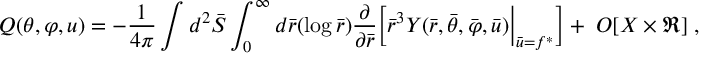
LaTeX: Q ( \theta , \varphi , u ) = - \frac { 1 } { 4 \pi } \int d ^ { 2 } { \bar { \cal S } } \int _ { 0 } ^ { \infty } d { \bar { r } } ( \log { \bar { r } } ) \frac { \partial } { \partial { \bar { r } } } \Bigl [ { \bar { r } } ^ { 3 } { \cal Y } ( { \bar { r } } , { \bar { \theta } } , { \bar { \varphi } } , { \bar { u } } ) \Bigl | _ { { \bar { u } } = f ^ { * } } \Bigr ] + \; O [ X \times \Re ] \; , \quad